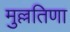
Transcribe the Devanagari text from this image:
मुल्लतिणा